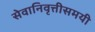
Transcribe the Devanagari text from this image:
सेवानिवृत्तीसमयी